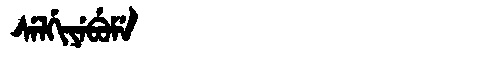
Manchu: ᠰᡝᠯᡤᡳᠶᡝᠪᡠᠮᡝ
Romanization: SELGIYEBUME